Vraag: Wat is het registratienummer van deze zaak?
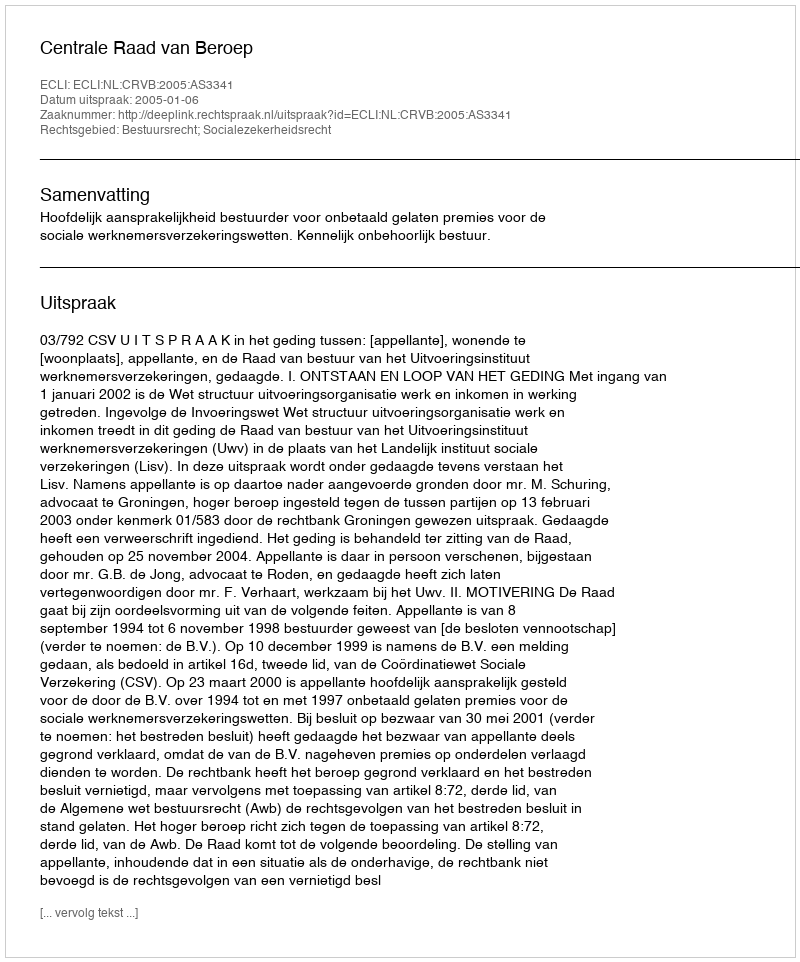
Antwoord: http://deeplink.rechtspraak.nl/uitspraak?id=ECLI:NL:CRVB:2005:AS3341